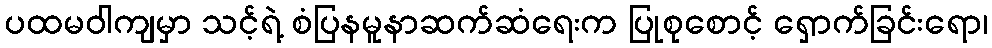
ပထမဝါကျမှာ သင့်ရဲ့ စံပြနမူနာဆက်ဆံရေးက ပြုစုစောင့် ရှောက်ခြင်းရော၊